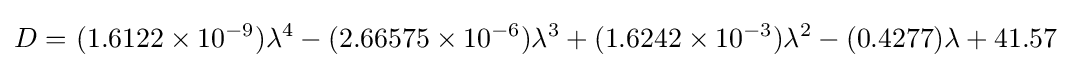
{D=\ }{(1.6122\times 10^{-9})\lambda ^{4}}-{(2.66575\times 10^{-6})\lambda ^{3}}+{(1.6242\times 10^{-3})\lambda ^{2}}-{(0.4277)\lambda }+{41.57}